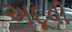
અદૂવી